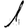
Digit: 1